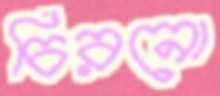
চিরনো